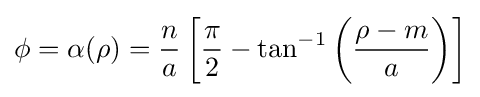
\phi =\alpha (\rho )={\frac {n}{a}}\left[{\frac {\pi }{2}}-\tan ^{-1}\left({\frac {\rho -m}{a}}\right)\right]